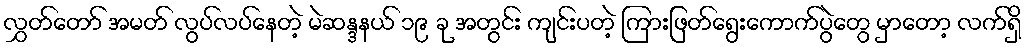
လွှတ်တော် အမတ် လွပ်လပ်နေတဲ့ မဲဆန္ဒနယ် ၁၉ ခု အတွင်း ကျင်းပတဲ့ ကြားဖြတ်ရွေးကောက်ပွဲတွေ မှာတော့ လက်ရှိ